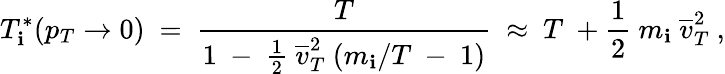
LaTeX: T_{\mathbf{i}}^{*}(p_{T}\rightarrow0)~=~\frac{{T}}{{1~-~\frac{{1}}{{2}}~\overline{{{{v}}}}_{T}^{2}~(m_{\mathbf{i}}/T~-~1)}}~\approx~T~+\frac{{1}}{{2}}~m_{\mathbf{i}}~\overline{{{{v}}}}_{T}^{2}~,